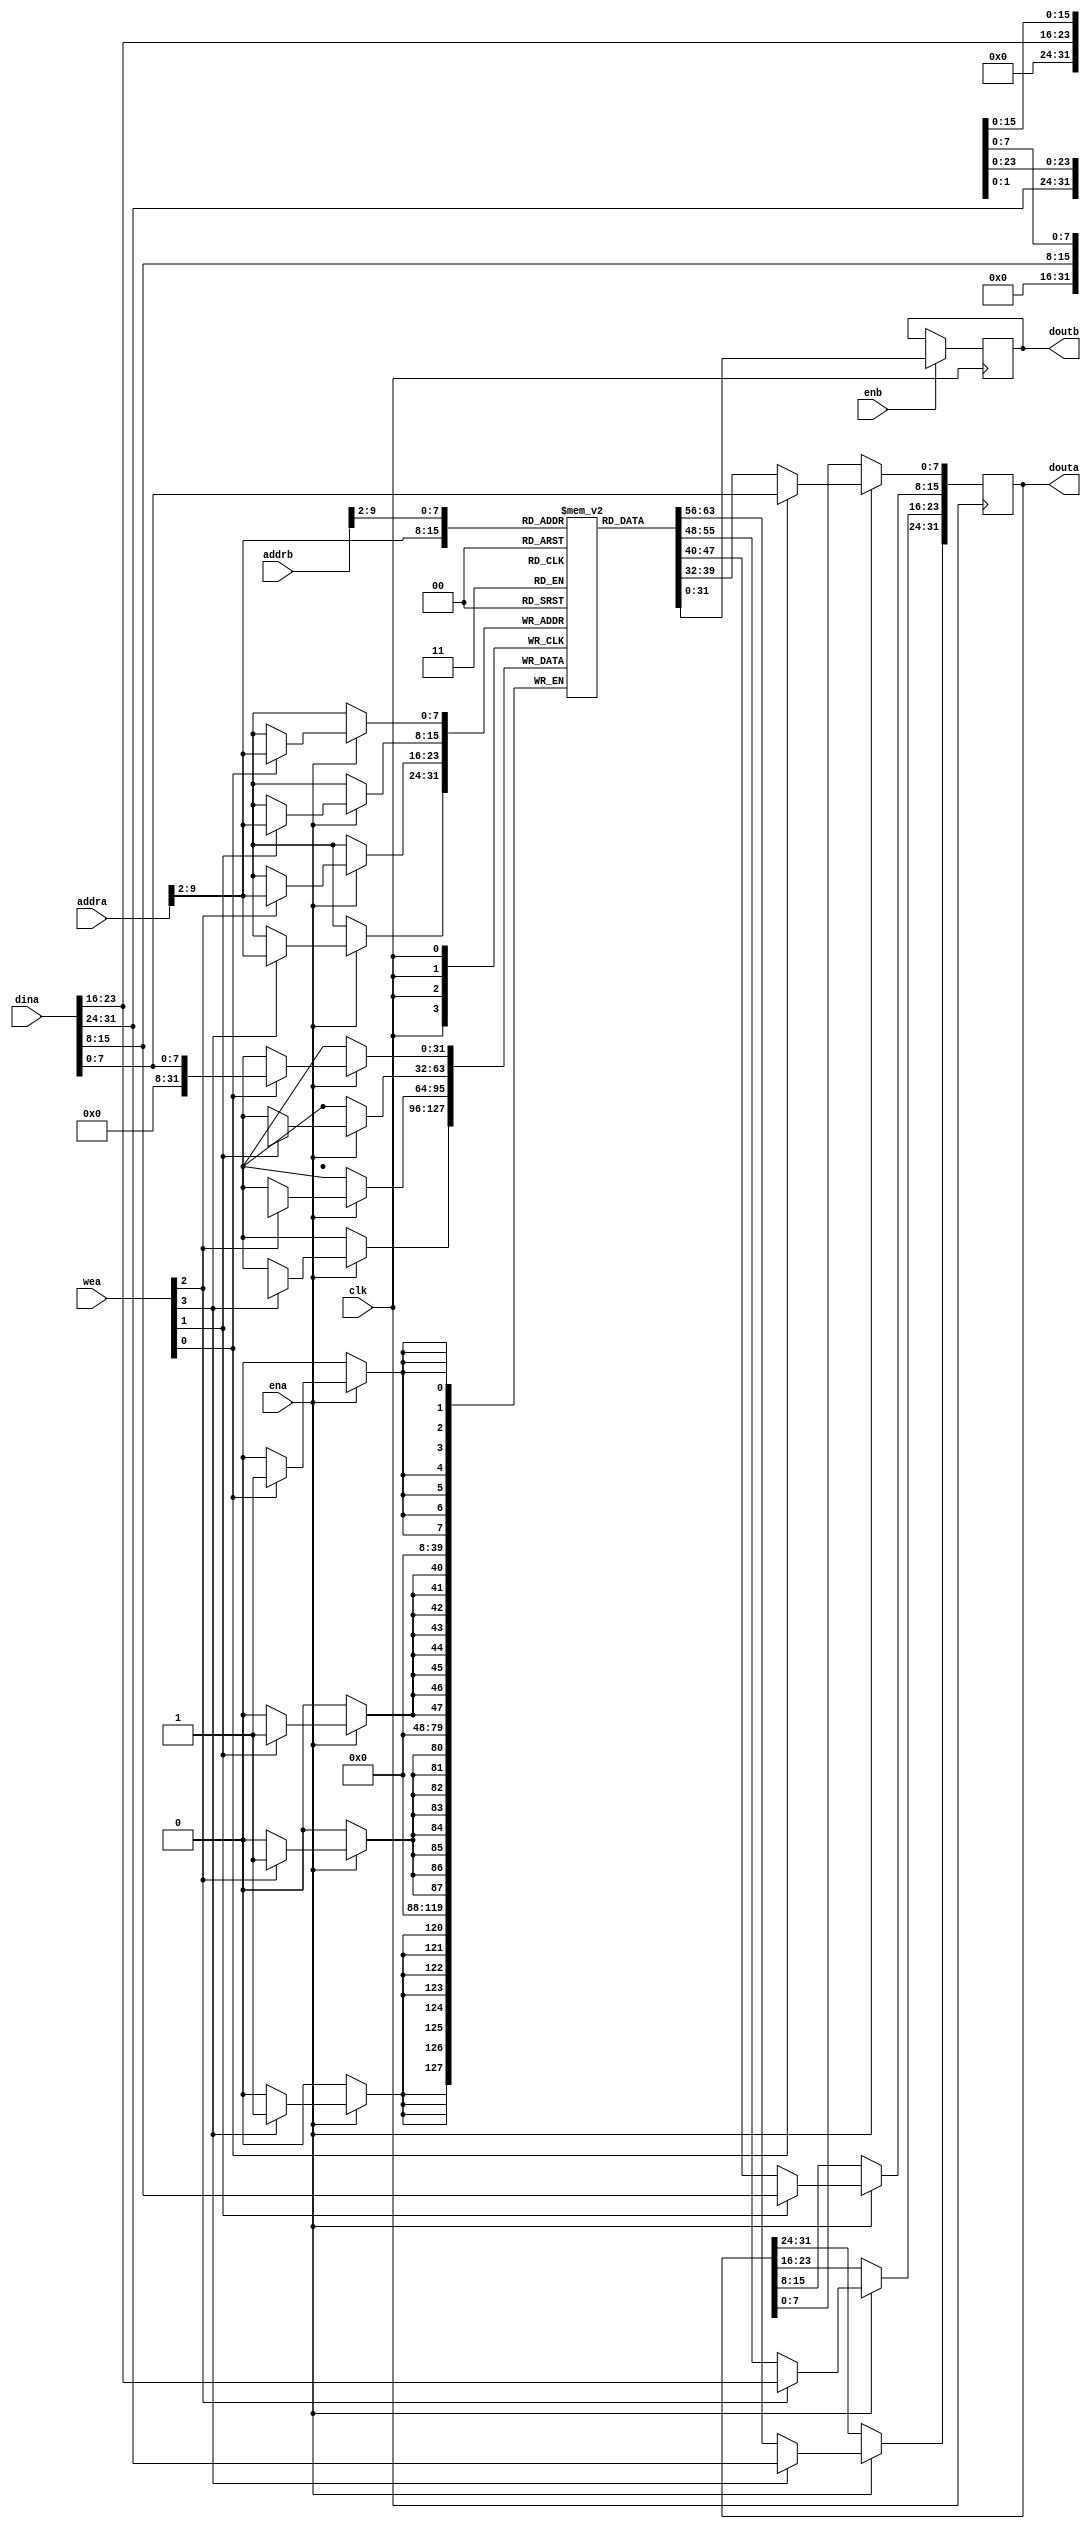
`timescale 1ns / 1ps

module steck(
    input wire clk,
    input wire[3:0] wea,
    input wire[31:0] dina,
    input wire ena,
    output reg[31:0] douta,
    input wire[31:0] addra,
    
    output reg[31:0] doutb,
    input wire enb,
    input wire[31:0] addrb
);

    //simle write first dual port ram

    parameter data_mem_size_in_bits = 10;
    parameter data_size = (1 << (data_mem_size_in_bits - 2)) - 1;

    reg[31:0] RAM[data_size:0];

    always @ (posedge clk)begin
        if(ena == 1)begin
              if(wea[0] == 1)begin
                 douta[7:0] <= dina[7:0];
                 RAM[addra[data_mem_size_in_bits-1:2]][7:0] <= dina[7:0];
              end
              else begin
                 douta[7:0] <= RAM[addra[data_mem_size_in_bits-1:2]][7:0]; 
              end
              
              if(wea[1] == 1)begin
                 douta[15:8] <= dina[15:8];
                 RAM[addra[data_mem_size_in_bits-1:2]][15:8] <= dina[15:8];
              end
              else begin
                 douta[15:8] <= RAM[addra[data_mem_size_in_bits-1:2]][15:8]; 
              end
              
              if(wea[2] == 1)begin
                 douta[23:16] <= dina[23:16];
                 RAM[addra[data_mem_size_in_bits-1:2]][23:16] <= dina[23:16];
              end
              else begin
                 douta[23:16] <= RAM[addra[data_mem_size_in_bits-1:2]][23:16]; 
              end
                            
              if(wea[3] == 1)begin
                 douta[31:24] <= dina[31:24];
                 RAM[addra[data_mem_size_in_bits-1:2]][31:24] <= dina[31:24];
              end
              else begin
                 douta[31:24] <= RAM[addra[data_mem_size_in_bits-1:2]][31:24]; 
              end
              
        end
   end

    always @ (posedge clk)begin
        if(enb == 1)begin
              doutb <= RAM[addrb[data_mem_size_in_bits-1:2]];
        end
    end
endmodule